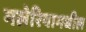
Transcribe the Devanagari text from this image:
मलेरियामधील